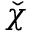
\check { \chi }